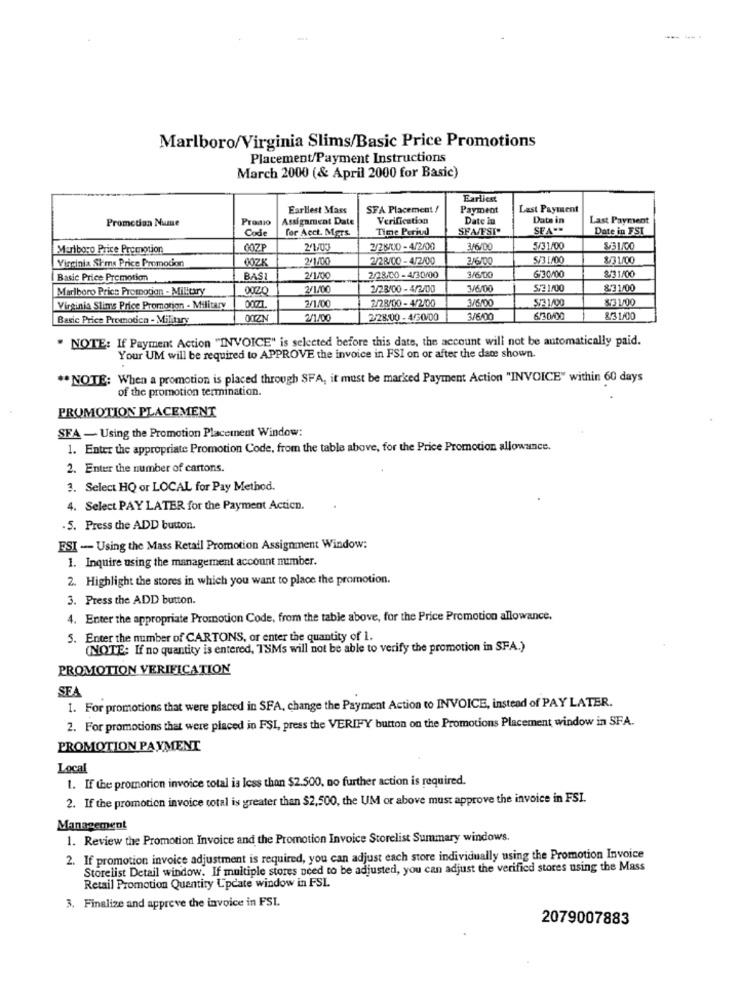
Marlboro/Virginia Slims/Basic Price Promotions
Placement/Payment Instructions
March 2000 (& April 2000 for Basic)
Earliest
Earliest Mass
SFA Placement !
Payment
Last Payment
Promotion Nume
Promio
Assignment Date
Verification
Date in
Date in
Last Payment
Code
for Acct. Mars.
Time Period
SFA/FSI
SEA **
Date in FSI
Marlboro Price Promotion
COZE
2/1/03
2/28/00 -4/2/00
3/6/00
5/31/00
&31/00
JOZK
2/1/00
2/28/CO - 4/2/00
2/6/00
5/31/00
$/31/00
Virginia Sims Price Promotion
Basic Price Promotion
BASI
2/1/00
2/28.00 - 4/30/00
6/30/00
&3 1/00
Marlboro Price Promotion - Military
2/1/00
1/28/00 - 4/2/00
3/6/00
5/3 1/00
&31/00
0077
7/1.00
2/28/00 - 4/2/00
3/6/00
S/31/00
$3 1/00
Virginia Slims Price Promotion - Military
Basic Price Promotica - Military
OOZN
2/1/00
2/28:00 - 4/30/00
3/6KY
6/30/00
8/31/00
" NOTE: If Payment Action "INVOICE" is selected before this date, the account will not be automatically paid.
Your UM will be required to APPROVE the invoice in FSI on or after the date shown.
** NOTE: When a promotion is placed through SFA, it must be marked Payment Action "INVOICE" within 60 days
of the promotion termination.
PROMOTION PLACEMENT
SFA - Using the Promotion Placement Window:
1. Enter the appropriate Promotion Code, from the table above, for the Price Promotion allowance.
2. Enter the number of cartons.
3. Select HQ or LOCAL for Pay Method.
4. Select PAY LATER for the Payment Acticn.
. 5. Press the ADD button.
ESI - Using the Mass Retail Promotion Assignment Window:
1. Inquire using the management account number.
2. Highlight the stores in which you want to place the promotion.
3. Press the ADD button.
4. Enter the appropriate Promotion Code, from the table above, for the Price Promotion allowance.
5. Enter the number of CARTONS, or enter the quantity of 1.
(NOTE: If no quantity is entered, ISMs will not be able to verify the promotion in SFA.)
PROMOTION VERIFICATION
SEA
1. For promotions that were placed in SFA, change the Payment Action to INVOICE, instead of PAY LATER.
2. For promocions that were placed in FSI, press the VERIFY button on the Promotions Placement window in SFA.
PROMOTION PAYMENT
Local
1. If the promotion invoice total is less than $2.500, no further action is required.
2. If the promotion invoice total is greater than $2,500, the UM or above must approve the invoice in FSI.
Management
1. Review the Promotion Invoice and the Promotion Invoice Storelist Summary windows.
2. If promotion invoice adjustment is required, you can adjust each store individually using the Promotion Invoice
Storelist Detail window. If multiple stores need to be adjusted, you can adjust the verified stores using the Mass
Retail Promotion Quantity Update window in FSI
3. Finalize and approve the invoice in FSI.
2079007883